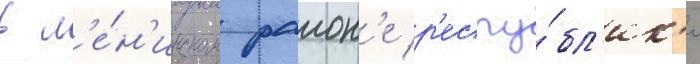
в л'е́н'инском раион'е р'еспу́бл'ик'и